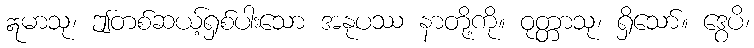
ဣမာသု၊ ဤတစ်ဆယ့်ရှစ်ပါးသော အနုပဿ နာတို့ကို။ ဝုတ္တာသု၊ ရှိသော်။ ဒွေပိ၊